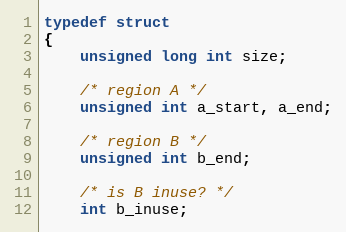
Language: C
typedef struct
{
    unsigned long int size;

    /* region A */
    unsigned int a_start, a_end;

    /* region B */
    unsigned int b_end;

    /* is B inuse? */
    int b_inuse;